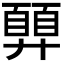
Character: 𢍳